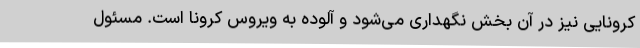
کرونایی نیز در آن بخش نگهداری می‌شود و آلوده به ویروس کرونا است. مسئول